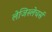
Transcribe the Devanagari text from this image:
लेजिस्लेचर्स